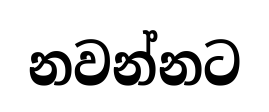
නවන්නට